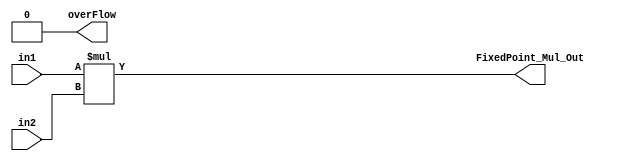
`timescale 1ns / 1ps
//////////////////////////////////////////////////////////////////////////////////
// Company: 
// Engineer: 
// 
// Design Name: 
// Module Name:    FixedPoint_Multiplier 
// Project Name: 
// Target Devices: 
// Tool versions: 
// Description: 
//
// Dependencies: 
//
// Revision: 
// Revision 0.01 - File Created
// Additional Comments: 
//
//////////////////////////////////////////////////////////////////////////////////

`define WIO1 (WIO >= 2)? (WIO+frc_len-2) : frc_len

`define Max_len ((int_len+frc_len-2)>= (WIO+frc_len-1)) ? (int_len+frc_len-2) : (WIO+frc_len-1)

`define trun_size (WIO < int_len)? ((int_len+frc_len-1)-(WIO+frc_len-1)) : 1


module FixedPoint_Multiplier #(parameter WI1 = 3, //INPUT-1 integer length
												WF1 = 4, //INPUT-1 fraction length
												WI2 = 4, //INPUT-2 integer length
												WF2 = 3, //INPUT-2 fraction length
												WIO = WI1+WI2, //OUTPUT integer  length
												WFO = WF1+WF2) //OUTPUT fraction length

								 (input signed [WI1+WF1-1:0] in1,
								  input signed [WI2+WF2-1:0] in2,
								  output reg overFlow,
								  output  reg signed [WIO+WFO-1:0] FixedPoint_Mul_Out);

parameter int_len = WI1+WI2;
parameter frc_len = WF1+WF2;

reg [int_len+frc_len-1:0] reg_in1;
reg [int_len+frc_len-1:0] reg_in2;
						  
reg [(`trun_size)-1:0] reg_trun;
reg [(`trun_size)-1:0] reg_sign;	

wire [int_len+frc_len-1:0] tmp;

reg [WIO-1:0] int_out;
reg [WFO-1:0] frc_out;

//-----------------------------------------------------------------------------------//

	assign tmp = in1 * in2; 

//----------------------------------------------------------------------------------//

	always @* begin
	
		if (WFO > frc_len) begin
			frc_out = {tmp[frc_len-1:0], {(WFO-frc_len){1'b0}}};
		end
		else if(WFO == frc_len) begin
		  frc_out = tmp[frc_len-1:0];
		end
		else begin //(WFO<frc_len)
			frc_out = tmp[frc_len-1:frc_len-WFO];
		end
	
	end

//-------------------------------------------------------------------------------//
//OUTPUT_INTEGER
	
	always @* begin 
		
		if (WIO > int_len) begin
			int_out = {{(WIO-int_len){tmp[int_len+frc_len-1]}} , tmp[int_len+frc_len-1:frc_len] };
				overFlow = 1'b0;
				reg_sign = tmp[int_len+frc_len-1];
				reg_trun = 1'b0;
			end
		else if (WIO == int_len) begin
		  int_out = tmp[int_len+frc_len-1:frc_len];
		      overFlow = 1'b0;
              reg_sign = tmp[int_len+frc_len-1];
              reg_trun = 1'b0;
		end
		else begin // (WIO<int_len)
			
			if (WIO == 1) begin
				int_out = tmp[int_len+frc_len-1];
				
				reg_trun = tmp[`Max_len: WIO+frc_len-1] ;
				reg_sign = {(`trun_size){tmp[int_len+frc_len-1]}};
				
					if ( reg_trun == reg_sign) begin
						overFlow = 1'b0;
					end
					
					else begin
						overFlow = 1'b1;
					end					
			end
			else begin
				int_out = {tmp[int_len+frc_len-1] , tmp[`WIO1:frc_len]};
				
				reg_trun = tmp[`Max_len: WIO+frc_len-1] ;
				reg_sign = {(`trun_size){tmp[int_len+frc_len-1]}};
				
					if ( reg_trun == reg_sign) begin
						overFlow = 1'b0;
					end
					
					else begin
						overFlow = 1'b1;
					end
			end
		end
	end
//------------------------------------------------------------------//

	always @* begin
			FixedPoint_Mul_Out <= {int_out,frc_out};
		end
endmodule